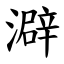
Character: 澼